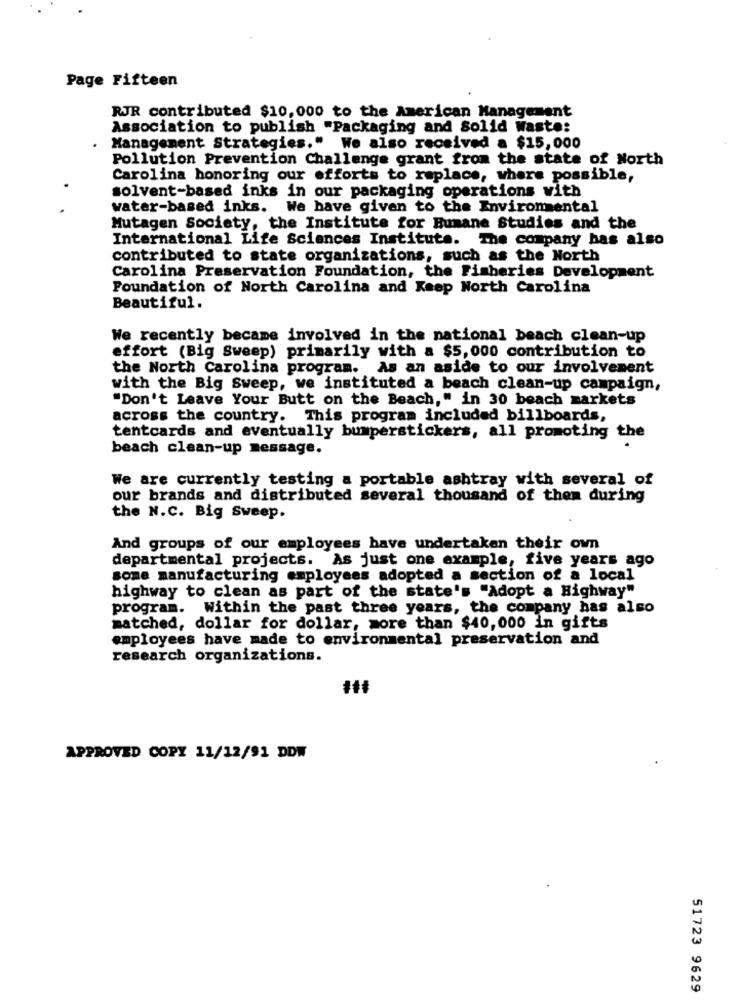
Page Fifteen
RJR contributed $10,000 to the American Management
Association to publish "Packaging and Solid Waste:
Management Strategies." We also received a $15,000
Pollution Prevention Challenge grant from the state of North
Carolina honoring our efforts to replace, where possible,
solvent-based inks in our packaging operations with
water-based inks. We have given to the Environmental
Mutagen Society, the Institute for Humane Studies and the
International Life Sciences Institute. The company has also
contributed to state organizations, such as the North
Carolina Preservation Foundation, the Fisheries Development
Foundation of North Carolina and Keep North Carolina
Beautiful.
We recently became involved in the national beach clean-up
effort (Big Sweep) primarily with a $5, 000 contribution to
the North Carolina program. As an aside to our involvement
with the Big Sweep, we instituted a beach clean-up campaign,
"Don't Leave Your Butt on the Beach," in 30 beach markets
across the country. This program included billboards,
tentcards and eventually bumperstickers, all promoting the
beach clean-up message.
We are currently testing a portable ashtray with several of
our brands and distributed several thousand of them during
the N.C. Big Sweep.
And groups of our employees have undertaken their own
departmental projects. As just one example, five years ago
some manufacturing employees adopted a section of a local
highway to clean as part of the state's "Adopt a Highway"
program. Within the past three years, the company has also
matched, dollar for dollar, more than $40,000 in gifts
employees have made to environmental preservation and
research organizations.
###
APPROVED COPY 11/12/91 DDW
51723 9629